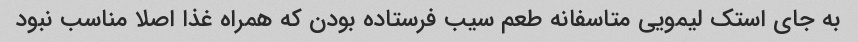
به جای استک لیمویی متاسفانه طعم سیب فرستاده بودن که همراه غذا اصلا مناسب نبود